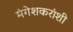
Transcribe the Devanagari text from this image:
मंगेशकरांशी